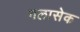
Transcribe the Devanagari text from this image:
गलासेक